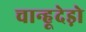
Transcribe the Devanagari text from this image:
चान्हूदेड़ो